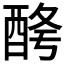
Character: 𨠱